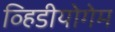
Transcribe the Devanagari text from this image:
व्हिडीयोगेम